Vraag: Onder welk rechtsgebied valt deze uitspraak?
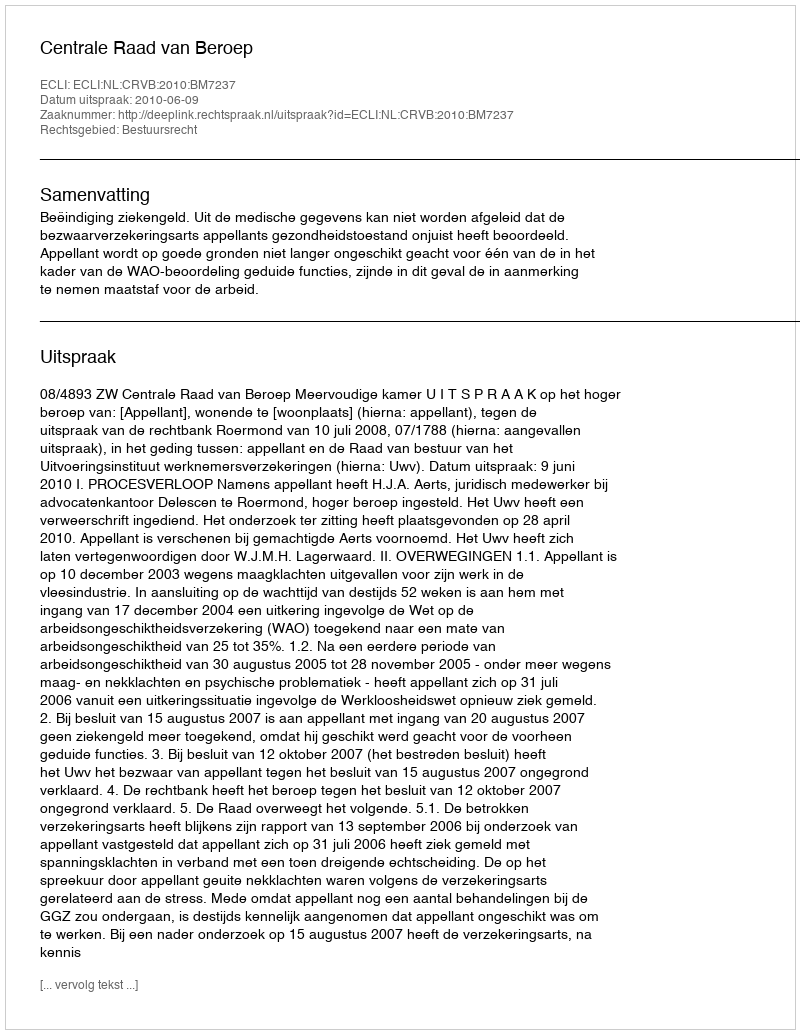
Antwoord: Bestuursrecht